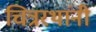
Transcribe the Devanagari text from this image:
चित्ररथांनी